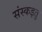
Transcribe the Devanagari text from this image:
संस्कइतु